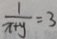
\frac { 1 } { x + y } = 3